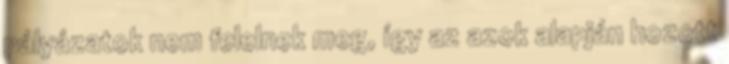
pályázatok nem felelnek meg, így az azok alapján hozott